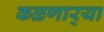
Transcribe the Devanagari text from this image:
कळणार्‍या